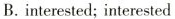
B. interested; interested